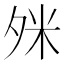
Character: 𪤹